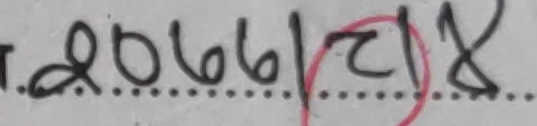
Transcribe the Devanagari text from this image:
२०७७|१२